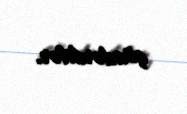
göndərdilər.